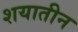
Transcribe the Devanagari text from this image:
शयातीन